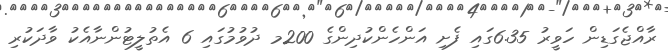
ރާއްޖެގަޑިން ހަވީރު 6.35ގައި ފެށި އަންހެންކުދިންގެ 200މ ދުވުމުގައި 6 އެތުލީޓުންނާއެކު ވާދަކުރި